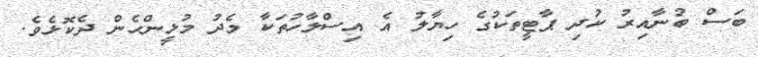
ބަސް ބުނާއިރު ކުދި ޕާޓީތަކުގެ ހިޔާލު އެ އިސްލާހުތަކާ މެދު މުޅީންހެން ދެކޮޅެވެ.